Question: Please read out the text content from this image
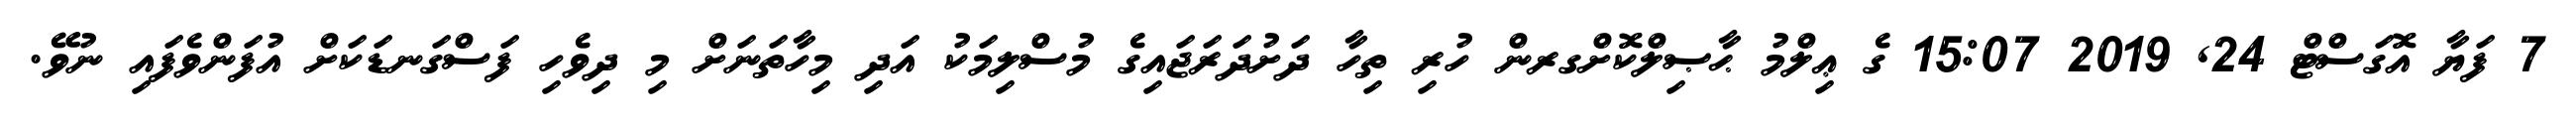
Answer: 7 ފަޔާ އޮގަސްޓް 24, 2019 15:07 ގެ ޢިލްމު ޙާޞިލްކޮށްގރން ހުރި ތިހާ ދަށުދަރަޖައިގެ މުސްލިމަކު އަދި މިހާތަނަށް މި ދިވެހި ފަސްގަނޑަކަށް އުފަންވެފައި ނުވޭ.